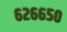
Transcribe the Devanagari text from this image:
६२६६५०